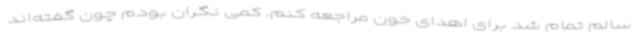
سالم تمام شد برای اهدای خون مراجعه کنم. کمی نگران بودم چون گفته‌اند